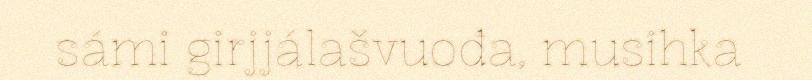
sámi girjjálašvuođa, musihka